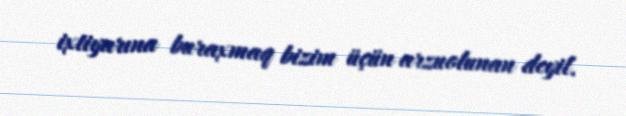
ixtiyarına buraxmaq bizim üçün arzuolunan deyil.